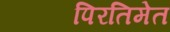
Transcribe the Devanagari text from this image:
पिरतिमेत